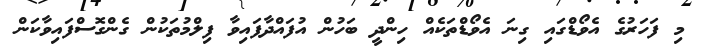
މި ފަހަރުގެ އެވޯޑްގައި ގިނަ އެވޯޑްތަކެއް ހިންދީ ބަހުން އުފައްދާފައިވާ ފިލްމުތަކުން ގެންގޮސްފައިވާކަން